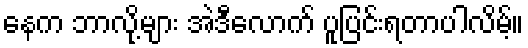
နေက ဘာလို့များ အဲဒီလောက် ပူပြင်းရတာပါလိမ့်။